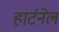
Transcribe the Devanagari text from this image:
हार्टनेल